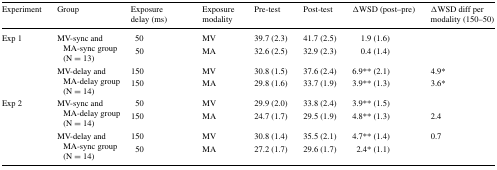
<table><thead><tr><td><b>Experiment</b></td><td><b>Group</b></td><td><b>Exposure delay (ms)</b></td><td><b>Exposure modality</b></td><td><b>Pre-test</b></td><td><b>Post-test</b></td><td><b>ΔWSD (post–pre)</b></td><td><b>ΔWSD diff per modality (150–50)</b></td></tr></thead><tbody><tr><td rowspan="4">Exp 1</td><td rowspan="2">MV-sync and MA-sync group (N = 13)</td><td>50</td><td>MV</td><td>39.7 (2.3)</td><td>41.7 (2.5)</td><td>1.9 (1.6)</td><td></td></tr><tr><td>50</td><td>MA</td><td>32.6 (2.5)</td><td>32.9 (2.3)</td><td>0.4 (1.4)</td><td></td></tr><tr><td rowspan="2">MV-delay and MA-delay group (N = 14)</td><td>150</td><td>MV</td><td>30.8 (1.5)</td><td>37.6 (2.4)</td><td>6.9** (2.1)</td><td>4.9*</td></tr><tr><td>150</td><td>MA</td><td>29.8 (1.6)</td><td>33.7 (1.9)</td><td>3.9** (1.3)</td><td>3.6*</td></tr><tr><td rowspan="4">Exp 2</td><td rowspan="2">MV-sync and MA-delay group (N = 14)</td><td>50</td><td>MV</td><td>29.9 (2.0)</td><td>33.8 (2.4)</td><td>3.9** (1.5)</td><td></td></tr><tr><td>150</td><td>MA</td><td>24.7 (1.7)</td><td>29.5 (1.9)</td><td>4.8** (1.3)</td><td>2.4</td></tr><tr><td rowspan="2">MV-delay and MA-sync group (N = 14)</td><td>150</td><td>MV</td><td>30.8 (1.4)</td><td>35.5 (2.1)</td><td>4.7** (1.4)</td><td>0.7</td></tr><tr><td>50</td><td>MA</td><td>27.2 (1.7)</td><td>29.6 (1.7)</td><td>2.4* (1.1)</td><td></td></tr></tbody></table>